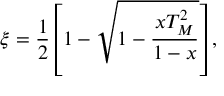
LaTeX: \xi = \frac { 1 } { 2 } \left[ 1 - \sqrt { 1 - \frac { x T _ { M } ^ { 2 } } { 1 - x } } \right] ,